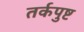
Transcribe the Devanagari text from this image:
तर्कपुष्ट